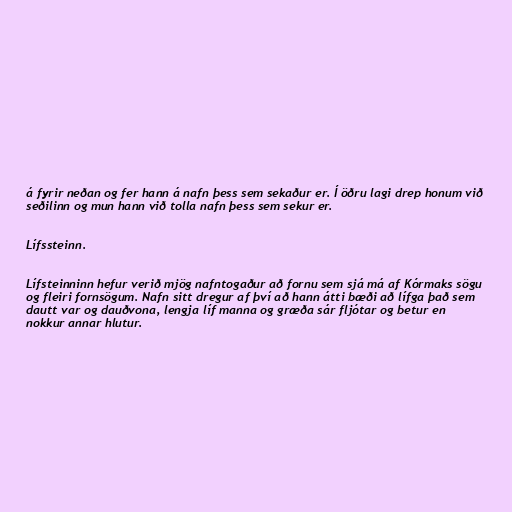
á fyrir neðan og fer hann á nafn þess sem sekaður er. Í öðru lagi drep honum við
seðilinn og mun hann við tolla nafn þess sem sekur er.

Lífssteinn.

Lífsteinninn hefur verið mjög nafntogaður að fornu sem sjá má af Kórmaks sögu
og fleiri fornsögum. Nafn sitt dregur af því að hann átti bæði að lífga það sem
dautt var og dauðvona, lengja líf manna og græða sár fljótar og betur en
nokkur annar hlutur.